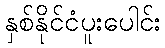
နှစ်နိုင်ငံပူးပေါင်း